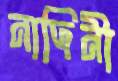
নাদিনী